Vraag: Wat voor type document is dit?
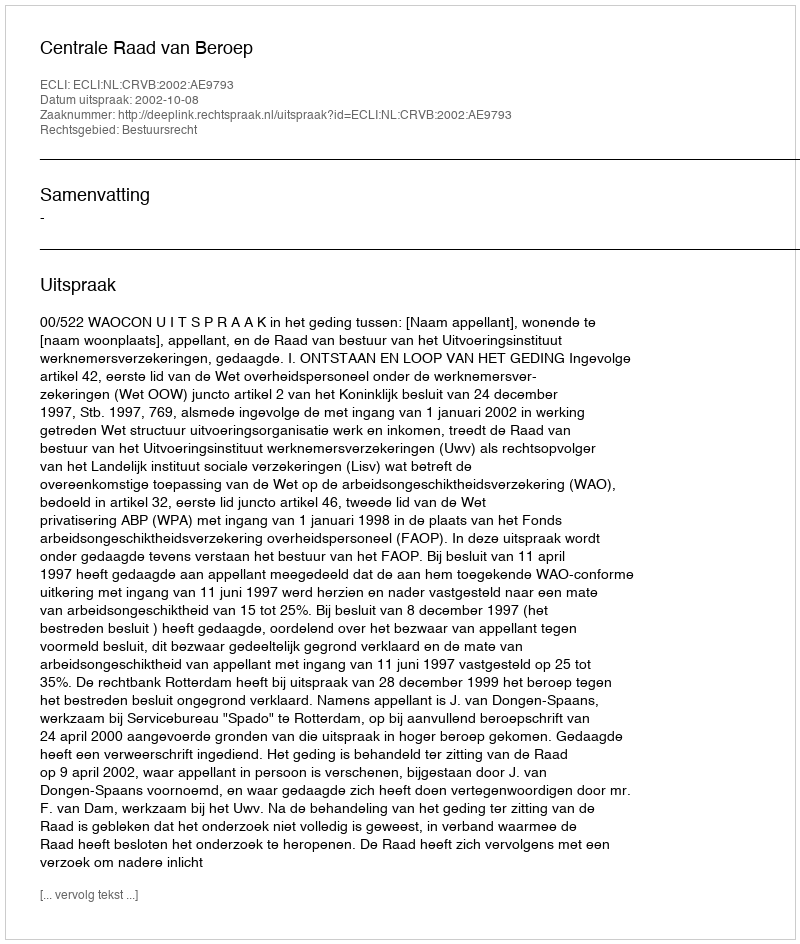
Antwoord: Uitspraak